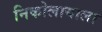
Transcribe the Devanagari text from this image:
निकोलायाला